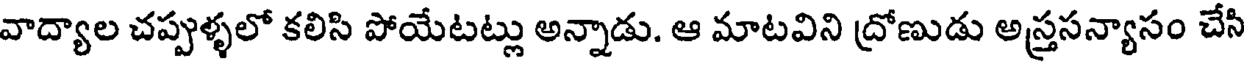
వాద్యాల చప్పుళ్ళలో కలిసి పోయేటట్లు అన్నాడు. ఆ మాటవిని ద్రోణుడు అస్త్రసన్యాసం చేసి